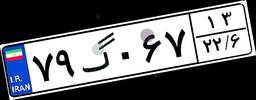
۷۹گ۰۶۷۱۳